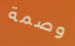
وصمة